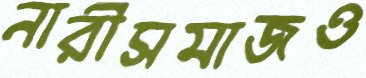
নারীসমাজও